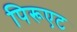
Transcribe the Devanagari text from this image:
पिरूएट